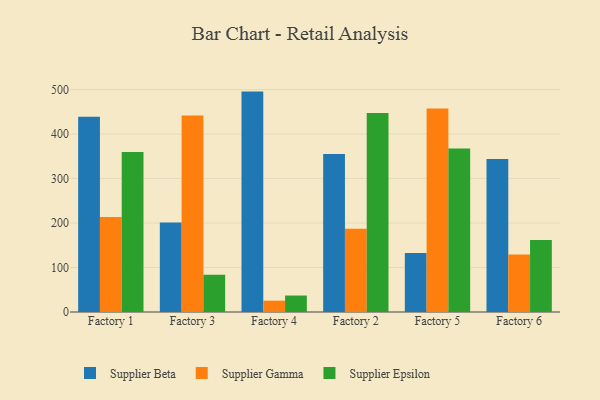
{"axis": {"x": "Factory", "y": "Headcount"}, "legend": ["Supplier Beta", "Supplier Epsilon", "Supplier Gamma"], "data": [{"x": "Factory 1", "y": 439.1, "type": "Supplier Beta"}, {"x": "Factory 1", "y": 213.3, "type": "Supplier Gamma"}, {"x": "Factory 1", "y": 359.7, "type": "Supplier Epsilon"}, {"x": "Factory 3", "y": 201.4, "type": "Supplier Beta"}, {"x": "Factory 3", "y": 441.6, "type": "Supplier Gamma"}, {"x": "Factory 3", "y": 83.7, "type": "Supplier Epsilon"}, {"x": "Factory 4", "y": 495.4, "type": "Supplier Beta"}, {"x": "Factory 4", "y": 25.5, "type": "Supplier Gamma"}, {"x": "Factory 4", "y": 37.0, "type": "Supplier Epsilon"}, {"x": "Factory 2", "y": 355.4, "type": "Supplier Beta"}, {"x": "Factory 2", "y": 187.0, "type": "Supplier Gamma"}, {"x": "Factory 2", "y": 447.4, "type": "Supplier Epsilon"}, {"x": "Factory 5", "y": 132.4, "type": "Supplier Beta"}, {"x": "Factory 5", "y": 457.4, "type": "Supplier Gamma"}, {"x": "Factory 5", "y": 367.6, "type": "Supplier Epsilon"}, {"x": "Factory 6", "y": 344.0, "type": "Supplier Beta"}, {"x": "Factory 6", "y": 129.0, "type": "Supplier Gamma"}, {"x": "Factory 6", "y": 161.8, "type": "Supplier Epsilon"}]}